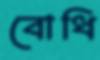
বোধি